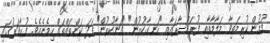
ފުށުން ކުރިމަތިވާ މަލާމާތާއި ފުރައްސާރައާއި "ހަނގާކުރުން" "ގަނާކުރުން" ފަދަ ކަންތައްތައް ހިމެނެއެވެ. ފުރާވަރުގައި